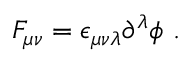
F _ { \mu \nu } = \epsilon _ { \mu \nu \lambda } \partial ^ { \lambda } \phi ~ .